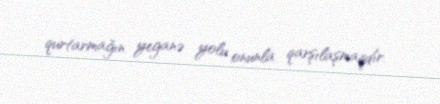
qurtarmağın yeganə yolu onunla qarşılaşmaqdır.